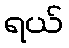
ရယ်